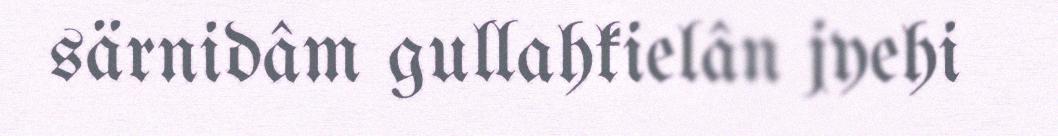
särnidâm gullahkielân jyehi